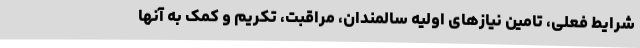
شرایط فعلی، تامین نیازهای اولیه سالمندان، مراقبت، تکریم و کمک به آنها